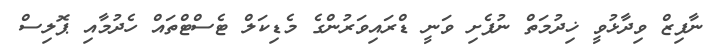
ނާފިޒް ވިދާޅުވީ ޚިދުމަތް ނުފެށި ވަނީ ޑްރައިވަރުންގެ މެޑިކަލް ޓެސްޓްތައް ހެދުމާއި ޕޮލިސް